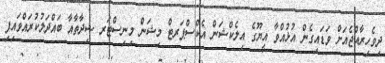
ދިވެހިރާއްޖެއަށް ވަޑައިގެން އުޅުއްވާ އީޔޫގެ އިލެކްޝަން އެކްސްޕަރޓް މިޝަން މިނިސްޓަރ ޝިދާތާއާ ބައްދަލުކުރައްވައިފި